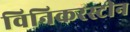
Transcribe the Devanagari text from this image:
विनिकरस्टीन